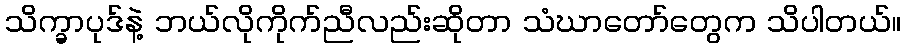
သိက္ခာပုဒ်နဲ့ ဘယ်လိုကိုက်ညီလည်းဆိုတာ သံဃာတော်တွေက သိပါတယ်။